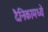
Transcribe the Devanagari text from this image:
दैनिकामध्ये